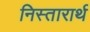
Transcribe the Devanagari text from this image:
निस्तारार्थ